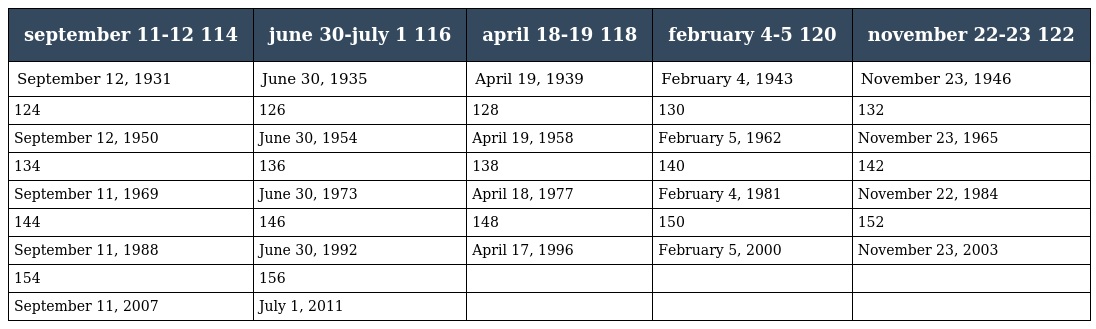
| september 11-12 114 | june 30-july 1 116 | april 18-19 118 | february 4-5 120 | november 22-23 122 |
 | --- | --- | --- | --- | --- |
 | September 12, 1931 | June 30, 1935 | April 19, 1939 | February 4, 1943 | November 23, 1946 |
 | 124 | 126 | 128 | 130 | 132 |
 | September 12, 1950 | June 30, 1954 | April 19, 1958 | February 5, 1962 | November 23, 1965 |
 | 134 | 136 | 138 | 140 | 142 |
 | September 11, 1969 | June 30, 1973 | April 18, 1977 | February 4, 1981 | November 22, 1984 |
 | 144 | 146 | 148 | 150 | 152 |
 | September 11, 1988 | June 30, 1992 | April 17, 1996 | February 5, 2000 | November 23, 2003 |
 | 154 | 156 |  |  |  |
 | September 11, 2007 | July 1, 2011 |  |  |  |